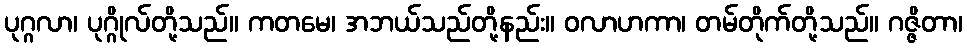
ပုဂ္ဂလာ၊ ပုဂ္ဂိုလ်တို့သည်။ ကတမေ၊ အဘယ်သည်တို့နည်း။ ဝလာဟကာ၊ တမ်တိုက်တို့သည်။ ဂဇ္ဇိတာ၊